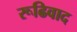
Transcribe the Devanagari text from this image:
रूढिवाद